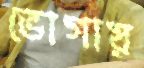
ভোগায়